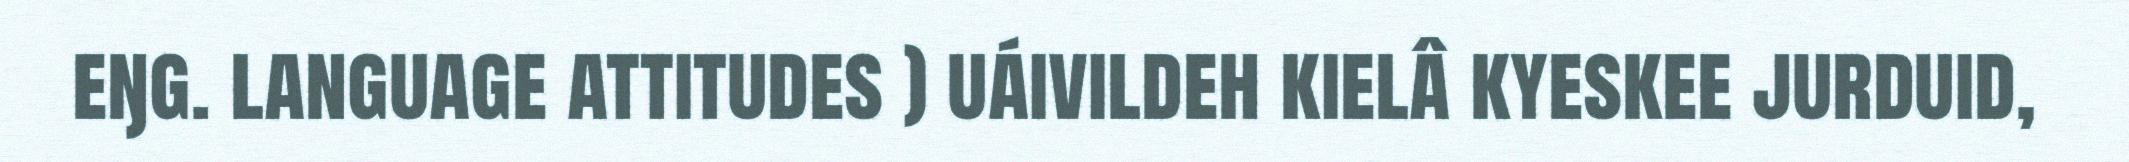
eŋg. language attitudes ) uáivildeh kielâ kyeskee jurduid,